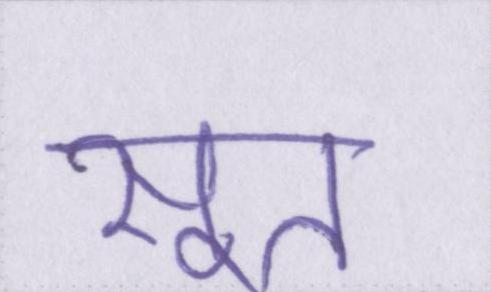
सूत